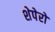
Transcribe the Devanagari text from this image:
शेपेरो